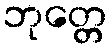
ဘုတ္တေ